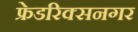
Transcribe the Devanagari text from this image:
फ्रेडरिक्सनगर